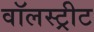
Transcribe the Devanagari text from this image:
वॉलस्ट्रीट